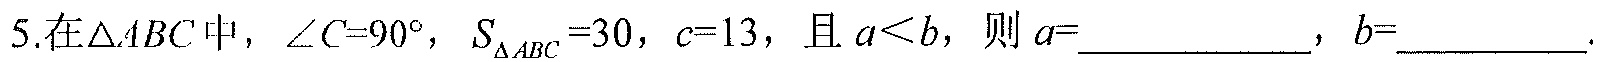
5.在\(\triangle ABC\) 中，\(\angle C = 90^{\circ}\)，\(S_{\triangle ABC}=30\)，\(c = 13\)，且 \(a < b\)，则 \(a=\underline{\qquad\qquad}\)，\(b=\underline{\qquad}\).